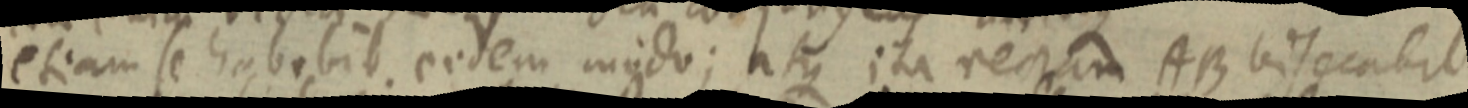
etiam se habebit, eodem modo; atque ita rectam AB visecabit